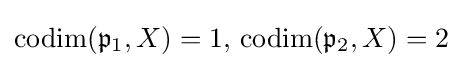
\operatorname {codim} ({\mathfrak {p}}_{1},X)=1,\,\operatorname {codim} ({\mathfrak {p}}_{2},X)=2